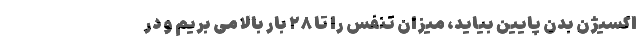
اکسیژن بدن پایین بیاید، میزان تنفس را تا ۲۸ بار بالا می بریم و در